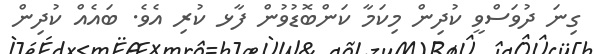
ގިނަ ދުވަސްވީ ކުދިން މިކަމާ ކަންބޮޑުވުން ފާޅ ކުރި އެވެ. ބައެއްް ކުދިން